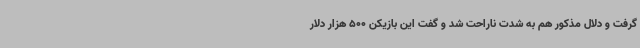
گرفت و دلال مذکور هم به شدت ناراحت شد و گفت این بازیکن 500 هزار دلار